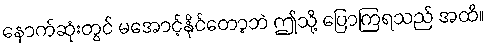
နောက်ဆုံးတွင် မအောင့်နိုင်တော့ဘဲ ဤသို့ ပြောကြရသည် အထိ။